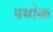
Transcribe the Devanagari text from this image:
पथोक